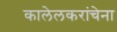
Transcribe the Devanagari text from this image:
कालेलकरांचेना